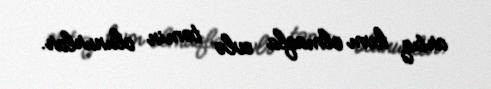
artıq kvm olmaqla evlə təmin olunurlar.